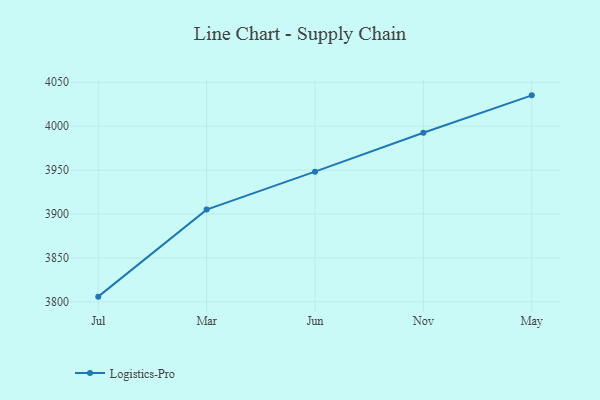
{"axis": {"x": "Month", "y": "Headcount"}, "legend": ["Logistics-Pro"], "data": [{"x": "Jul", "y": 3805.9, "type": "Logistics-Pro"}, {"x": "Mar", "y": 3905.0, "type": "Logistics-Pro"}, {"x": "Jun", "y": 3948.2, "type": "Logistics-Pro"}, {"x": "Nov", "y": 3992.5, "type": "Logistics-Pro"}, {"x": "May", "y": 4035.1, "type": "Logistics-Pro"}]}